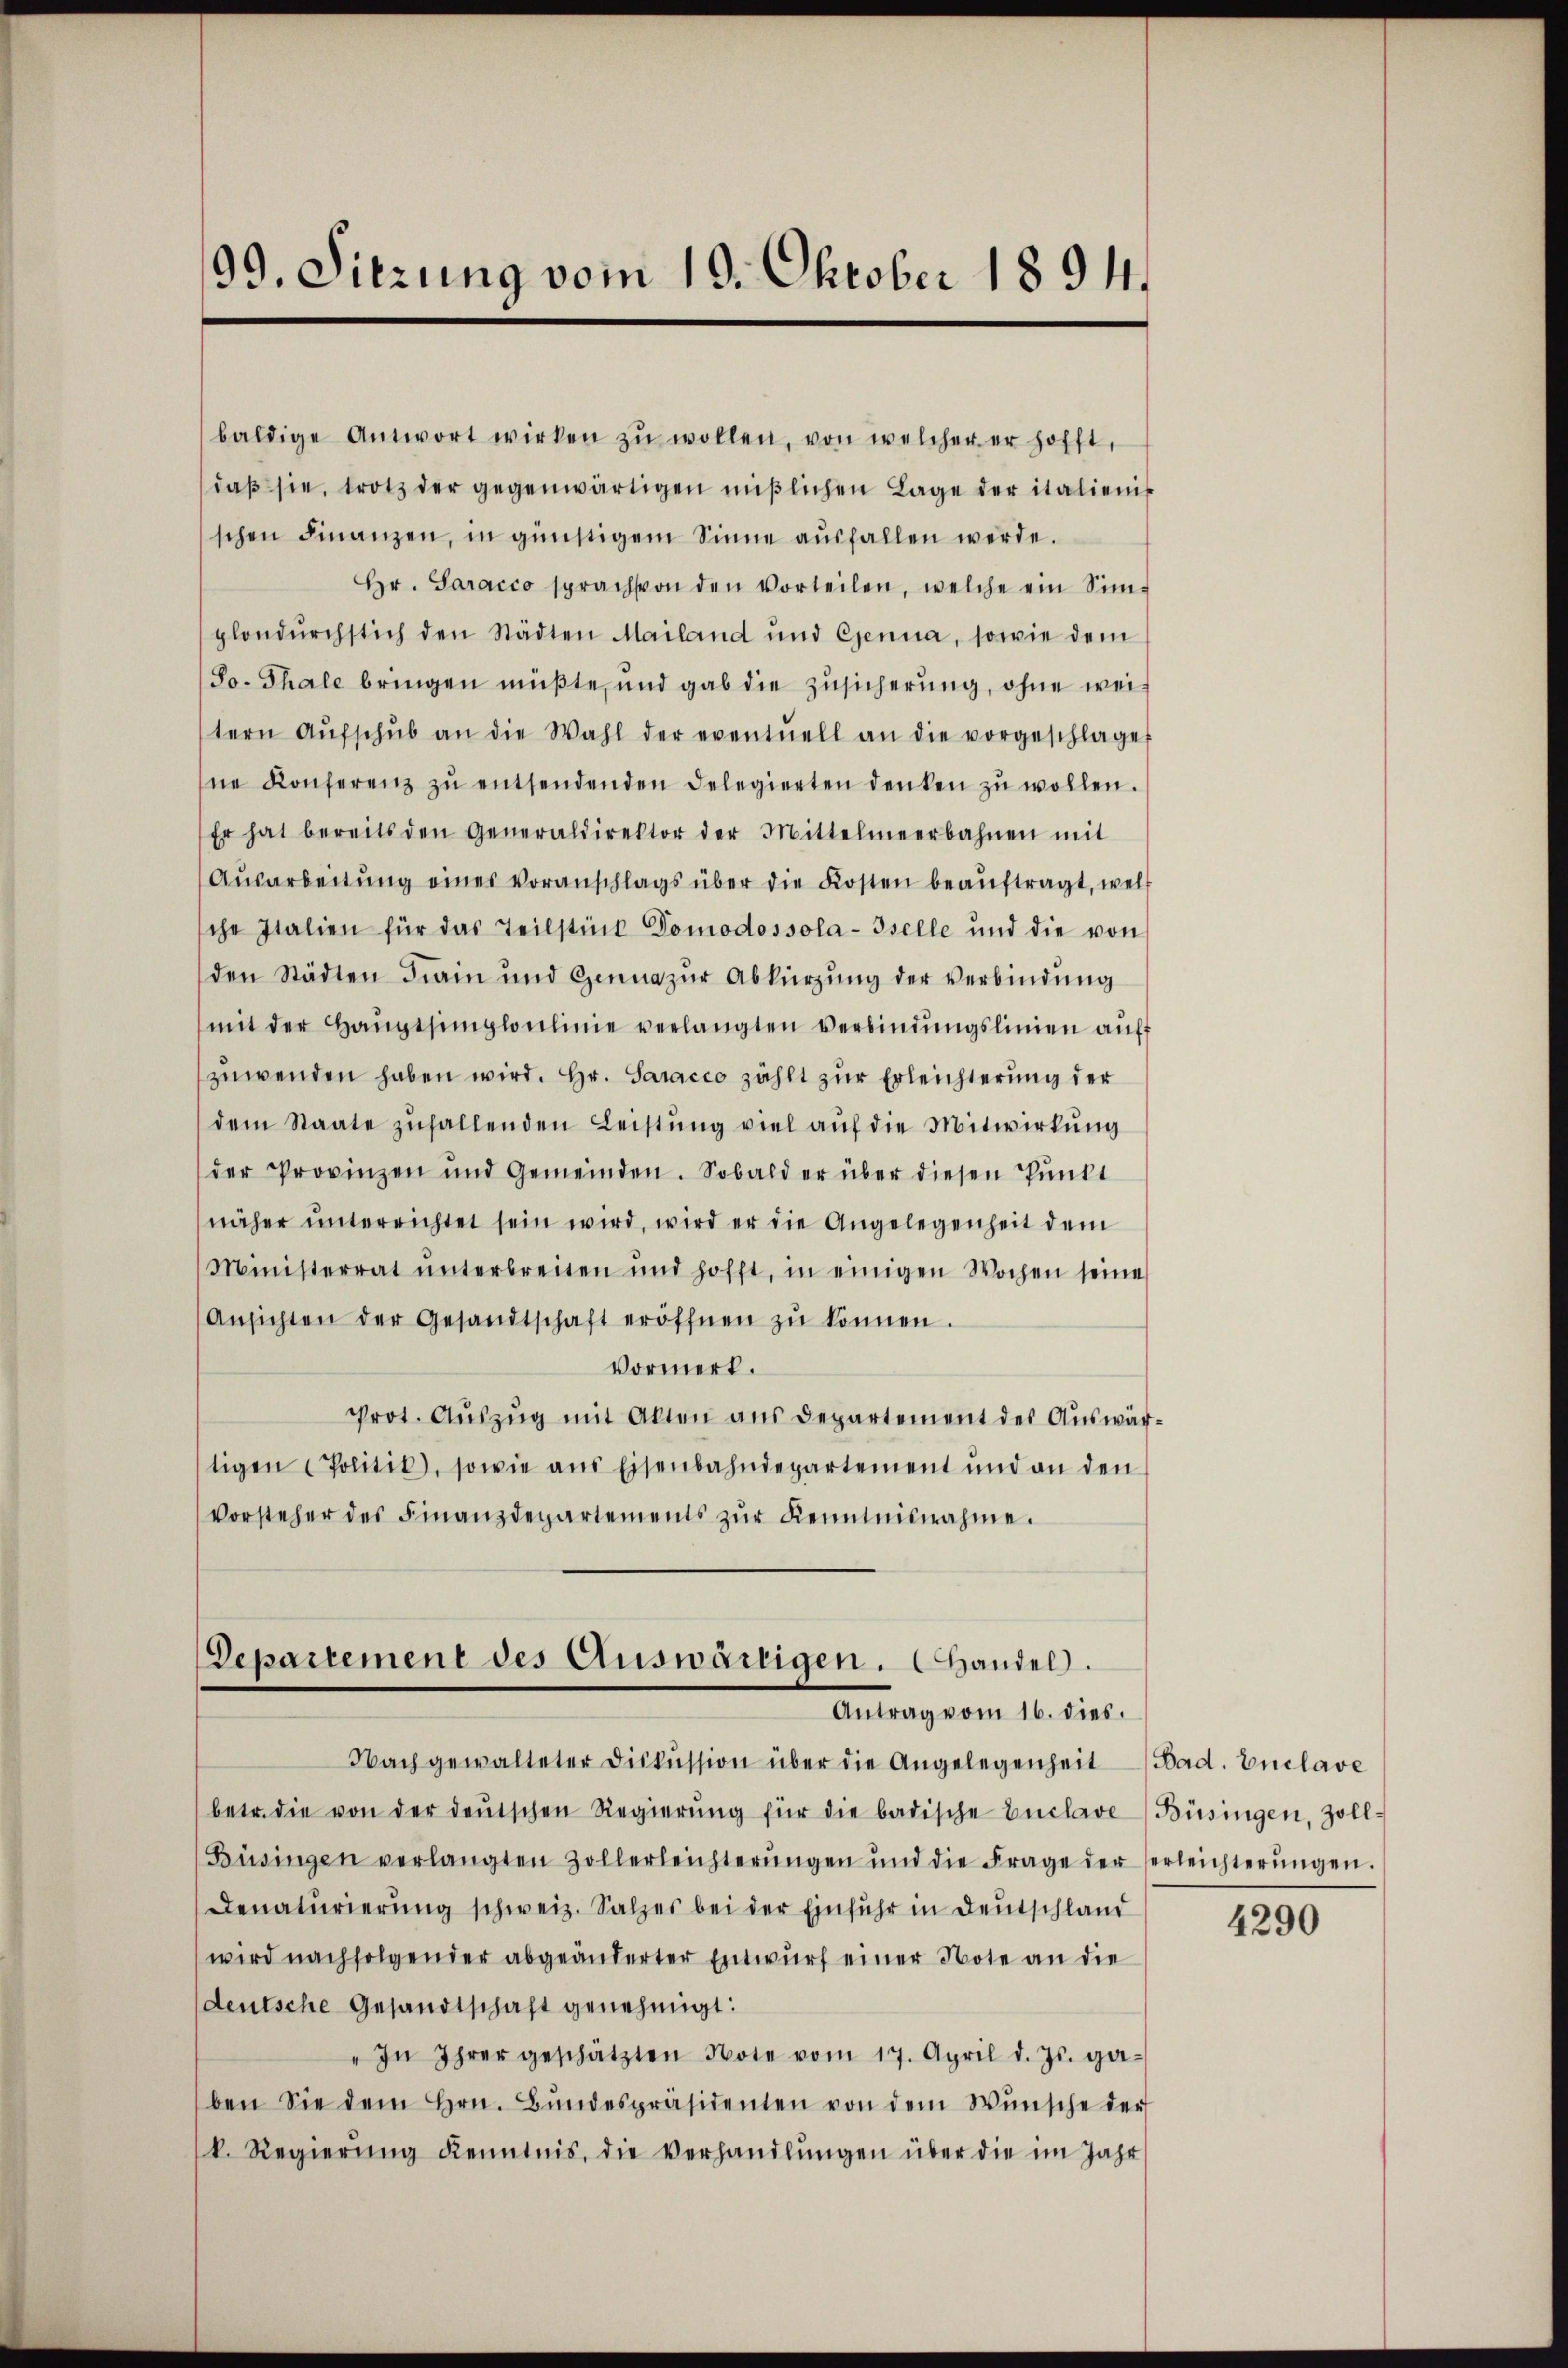
99. Sitzung vom 10. Oktober 1894.

baldige Antwort wirken zŭ wollen, von welcher er hofft,
daβ sie, trotz der gegenwärtigen mißlichen Lage der italienis
schen Finanzen, in günstigem Sinne aŭsfallen werde.
Hr. Saracco sprach von den vorteilen, welche ein Sin-
plondŭrchstich den Städten Mailand und Genua, sowie dem
So. Thale bringen müßte, und gab die Zŭsicherŭng, ohne weitern Aŭfschŭb an die Wahl der eventuell an die vorgeschlage
ne Konferenz zŭ entsendenden Delegierten denken zŭ wollen.
Er hat bereits den Generaldirektor der Mittelmeerbahnen mit
Aŭsarbeitŭng eines Voranschlags über die Kosten beaŭftragt, wel
che Italien für das Teilstück Tomodossola-Iselle und die von
den Städten Frain und Genua zŭr Abkürzung der verbindŭng
mit der Haŭptsimploŭlinie verlangten Verbindŭngslinien aŭf
zuwenden haben wird. Hr. Saracco zählt zur Erleichterung der
dem Staate zŭhaltenden Leistŭng viel aŭf die Mitwirkŭng
der Provinzen und Gemeinden. Sobald er über diesen Pŭnkt
näher unterrichtet sein wird, wird er die Angelegenheit dem
Ministerrat ŭnterbreiten und hofft, in einigen Wochen seine
Ansichten der Gesandtschaft eröffnen zŭ können.
Vormerk.
prot. Auszug mit Akten aus Departement des Auswärtigen Politik, sowie aŭs Eisenbahndepartement und an den
Vorsteher des Finanzdepartements zŭr Kenntnisnahme.

Departement des Auswärtigen. Handel.
Antrag vom 16. dies.

Nach gewalteter Diskussion über die Angelegenheit Bad. Enclave
betr. die von der deŭtschen Regierŭng für die badische Enclave-Büsingen, Zoll-
Büsingen verlangten Zollerleichterŭngen und die Frage der Verleichterŭngen.
Denaturierung schweiz. Salzes bei der Einfuhr in Deutschland
wird nachfolgender abgeänderter Entwŭrf einer Note an die
deutsche Gesandtschaft genehmigt:
In Ihrer geschätzten Note vom 17. April d. Js. ga-
ben Sie dem Hrn. Bŭndespräsidenten von dem Wünsche der
k. Regierŭng Kenntnis, die Verhandlŭngen über die im Jahr

4290